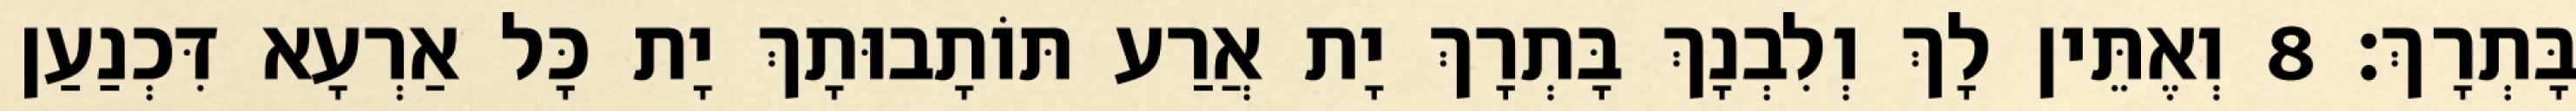
בָּתְרָךְ׃ 8 וְאֶתֵּין לָךְ וְלִבְנָךְ בָּתְרָךְ יָת אֲרַע תּוֹתָבוּתָךְ יָת כָּל אַרְעָא דִּכְנַעַן